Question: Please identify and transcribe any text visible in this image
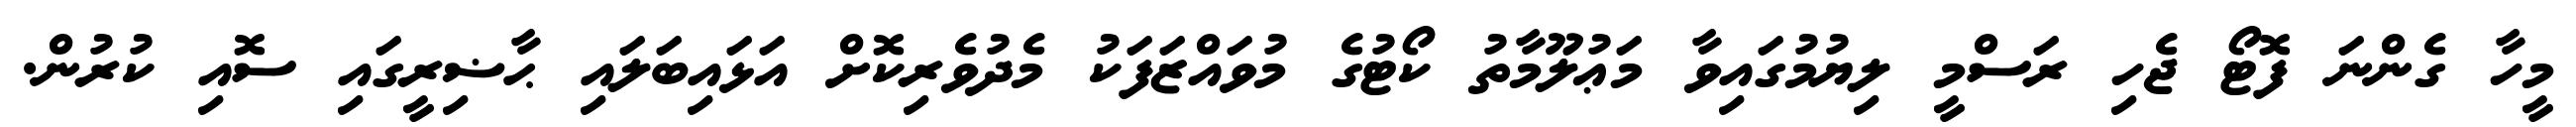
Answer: މީހާ ގެންނަ ފޮޓޯ ޖެހި ރަސްމީ ލިޔުމުގައިވާ މަޢުލޫމާތު ކޯޓުގެ މުވައްޒަފަކު މެދުވެރިކޮށް އަޅައިބަލައި ޙާޟިރީގައި ސޮއި ކުރުން.